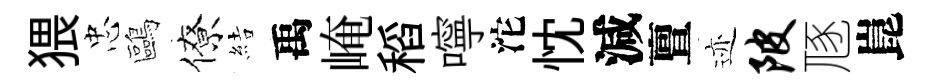
猥忠鷗僚結禹崦稻嚀沱忱減亶迹陂豗崑